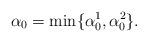
LaTeX: \begin{align*} \alpha_0=\min\{\alpha_0^1,\alpha_0^2\}.\end{align*}